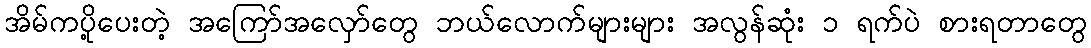
အိမ်ကပို့ပေးတဲ့ အကြော်အလှော်တွေ ဘယ်လောက်များများ အလွန်ဆုံး ၁ ရက်ပဲ စားရတာတွေ